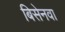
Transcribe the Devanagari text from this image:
बिसेनवा